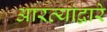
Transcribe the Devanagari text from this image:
आरत्यांद्वारे